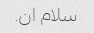
سلام ان.